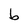
Character: b